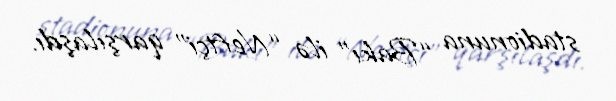
stadionuna “Bakı” ilə “Neftçi” qarşılaşdı.